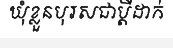
ឃុំខ្លួនបុរសជាប្តីដាក់